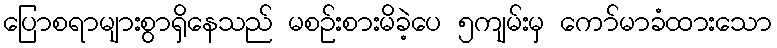
ပြောစရာများစွာရှိနေသည် မစဉ်းစားမိခဲ့ပေ ၅ကျမ်းမှ ကော်မာခံထားသော